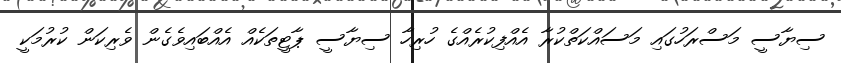
ސިޔާސީ މަސްރަހުގައި މަސައްކަތްކުރާ އެއްފިކުރެއްގެ ހުރިހާ ސިޔާސީ ޕާޓީތަކެއް އެއްބައިވެގެން ވެރިކަން ކުރުމަކީ